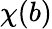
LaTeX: \chi(b)